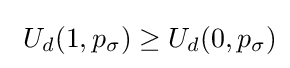
\textstyle \ U_{d}(1,p_{\sigma })\geq U_{d}(0,p_{\sigma })